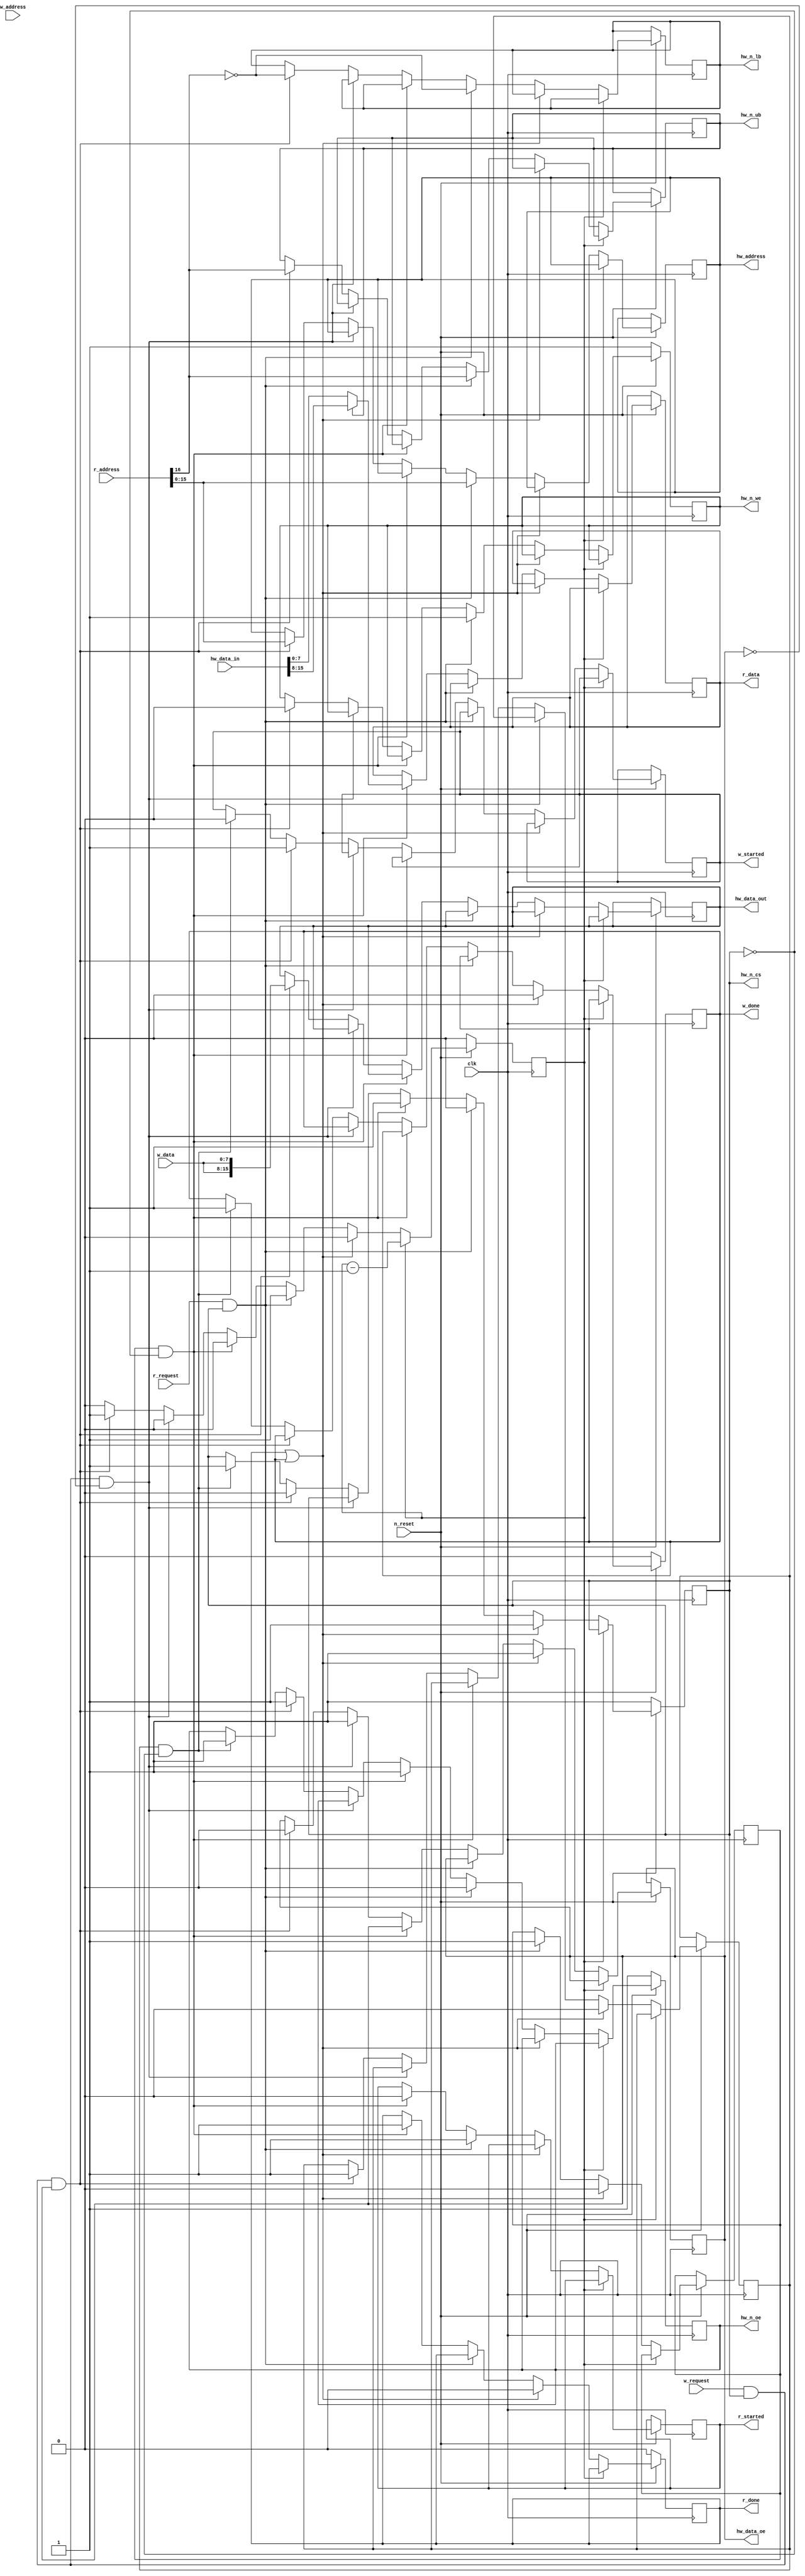
module RAM_IS61WV6416BLL (
    // communication from/to instantiation
    input       [0:0] clk,         // clock
    input       [0:0] n_reset,     // global reset         (low active)
    // reading from memory
    input      [16:0] w_address,   // Address Input
    input       [7:0] w_data,      // Data bi-directional
    input       [0:0] w_request,   // request Input
    output reg  [0:0] w_started,   // started writing
    output reg  [0:0] w_done,      // write done
    // writing to memory
    input      [16:0] r_address,   // Address Input
    output reg  [7:0] r_data,      // Data bi-directional
    input       [0:0] r_request,   // request Input
    output reg  [0:0] r_started,   // started reading
    output reg  [0:0] r_done,      // reply done

    // communication to actual SRAM (harware)
    output reg [15:0] hw_address,  // Address Input
    output reg  [0:0] hw_n_cs,     // Chip Select          (low active)
    output reg  [0:0] hw_n_we,     // Write Enable         (low active)
    output reg  [0:0] hw_n_oe,     // Output Enable        (low active)
    output reg  [0:0] hw_n_ub,     // upper byte selection (low active)
    output reg  [0:0] hw_n_lb,     // lower byte selection (low active)
    input      [15:0] hw_data_in,  // data input
    output reg [15:0] hw_data_out, // data output
    output reg  [0:0] hw_data_oe   // direction of iCE40 data pins
);

    reg [0:0] counter = 0;
    reg [0:0] r_request_int = 0;
    reg [0:0] w_request_int = 0;

    always @ (posedge clk) begin
        if (!n_reset) begin
            r_done  <= 0;
            w_done  <= 0;
            hw_n_we <= 1;
            hw_n_oe <= 1;
            hw_n_cs <= 1;
            counter <= 0;
        end else begin
            if (counter) begin
                counter <= counter-1;
            end else begin
                if (r_done || w_done) begin
                    // reset done signals after one cycle and
                    //  request buffers at the same time
                    r_done        <= 0;
                    w_done        <= 0;
                    r_request_int <= 0;
                    w_request_int <= 0;
                    hw_n_cs       <= 1;
                    hw_data_oe    <= 1;
                    hw_data_oe    <= 1;
                end else if (r_request && hw_n_cs) begin
                    // read request is issued while no access is pending
                    r_request_int <= 1;
                    r_started     <= 1;
                    hw_n_we       <= 1; // todo: access write enable sequentially if required
                    hw_n_oe       <= 0;
                    hw_n_cs       <= 0;
                    hw_n_ub       <=  r_address[16];
                    hw_n_lb       <= !r_address[16];
                    hw_address    <=  r_address[15:0];
                    counter       <= 1;
                end else if (r_request_int && !hw_n_cs) begin
                    // the pending read request should be answered by the SRAM
                    r_started     <= 0;
                    hw_n_oe       <= 1;
                    hw_n_cs       <= 1;
                    r_data        <= hw_n_ub ? hw_data_in[15:8] : hw_data_in[7:0];
                    r_done        <= 1;
                end else if (w_request && hw_n_cs && !hw_data_oe) begin
                    hw_data_oe    <= 1;
                end else if (w_request && hw_n_cs && hw_data_oe) begin
                    // write request is issued while no access is pending
                    w_request_int <= 1;
                    w_started     <= 1;
                    hw_n_we       <= 0; // TODO: access write enable sequentially if required
                    hw_n_oe       <= 1;
                    hw_n_cs       <= 0;
                    hw_data_oe    <= 0;
                    hw_n_ub       <=  r_address[16];
                    hw_n_lb       <= !r_address[16];
                    hw_address    <=  r_address[15:0];
                    hw_data_out   <= {w_data, w_data};
                    counter       <= 1;
                end else if (w_request_int && !hw_n_cs) begin
                    // the pending write request should be answered by the SRAM
                    w_started     <= 0;
                    hw_n_oe       <= 1;
                    hw_n_cs       <= 1;
                    w_done        <= 1;
                end else begin
                    // no request -> nothing to do
                end
            end
        end
    end
endmodule